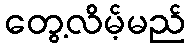
တွေ့လိမ့်မည်